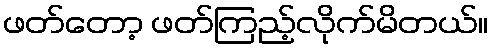
ဖတ်တော့ ဖတ်ကြည့်လိုက်မိတယ်။